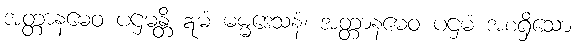
အတ္တာနမေဝ ပဌမန္တိ ဣမံ ဓမ္မဒေသနံ၊ အတ္တာနမေဝ ပဌမံ အစရှိသော